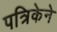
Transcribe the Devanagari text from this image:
पत्रिकेने